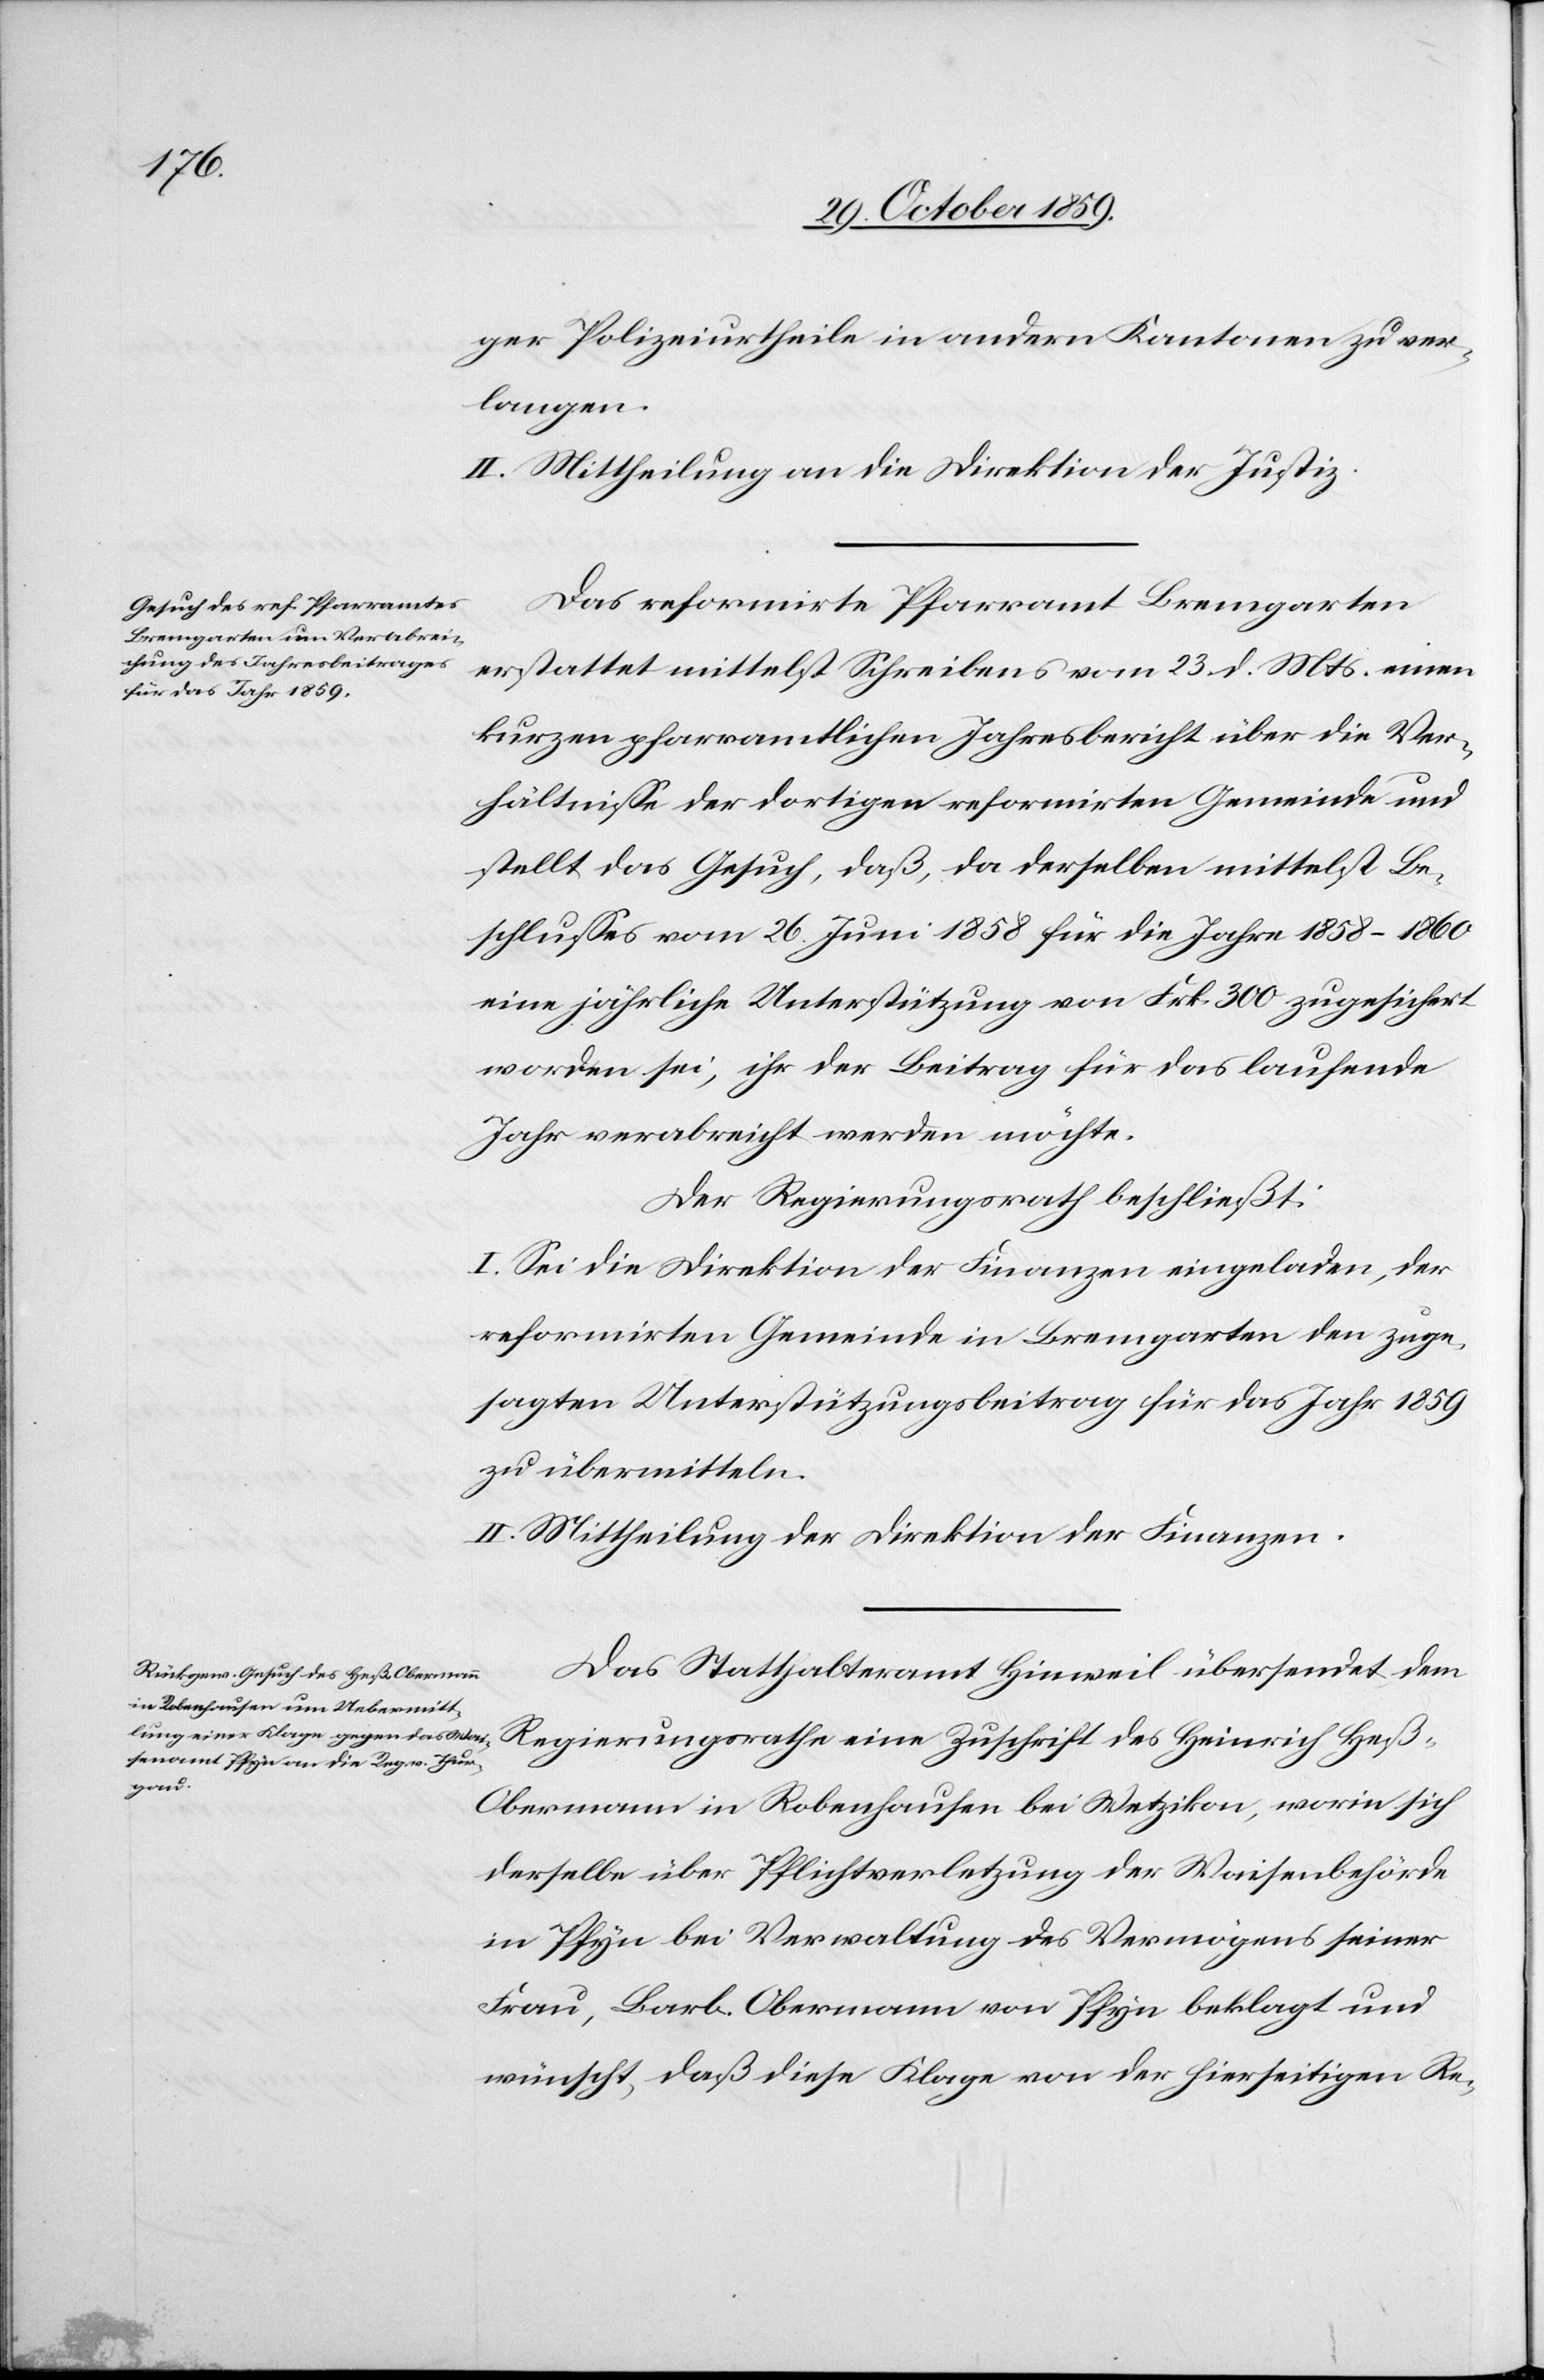
ger Polizeiurtheile in andern Kantonen zu ver¬
langen.
II. Mittheilung an die Direktion der Justiz.
Das reformirte Pfarramt Bremgarten
erstattet mittelst Schreiben vom 23. d. Mts. einen
kurzen pfarramtlichen Jahresbericht über die Ver¬
hältnisse der dortigen reformirten Gemeinde und
stellt das Gesuch, daß, da derselben mittelst Be¬
schlusses vom 26. Juni 1858 für die Jahre 1858–1860
eine jährliche Unterstützung von Frk. 300 zugesichert
worden sei, ihr der Beitrag für das laufende
Jahr verabreicht werden möchte.
Der Regierungsrath beschließt:
I. Sei die Direktion der Finanzen eingeladen, der
reformirten Gemeinde in Bremgarten den zuge¬
sagten Unterstützungsbeitrag für das Jahr 1859
zu übermitteln.
II. Mittheilung der Direktion der Finanzen.
Das Statthalteramt Hinweil übersendet dem
Regierungsrathe eine Zuschrift des Heinrich Heß-O¬
bermann in Robenhausen bei Wetzikon, worin sich
derselbe über Pflichtverletzung der Waisenbehörde
in Pfyn bei Verwaltung des Vermögens seiner
Frau, Barb. Obermann von Pfyn beklagt und
wünscht, das diese Klage von der hierseitigen Re-